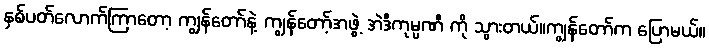
နှစ်ပတ်လောက်ကြာတော့ ကျွန်တော်နဲ့ ကျွန်တော့်အဖွဲ့ အဲဒီကုမ္ပဏီ ကို သွားတယ်။ကျွန်တော်က ပြောမယ်။